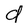
Character: d